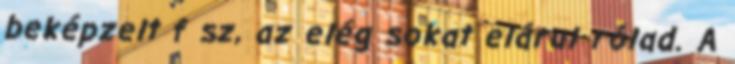
beképzelt f sz, az elég sokat elárul rólad. A